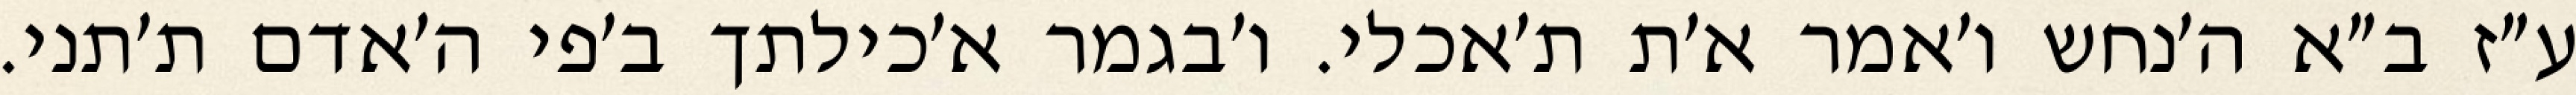
ע״ז ב״א ה׳נחש ו׳אמר א׳ת ת׳אכלי. ו׳בגמר א׳כילתך ב׳פי ה׳אדם ת׳תני.